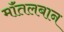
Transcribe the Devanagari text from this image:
मॉंतलबान